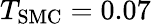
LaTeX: T_{\mathrm{SMC}}=0.07